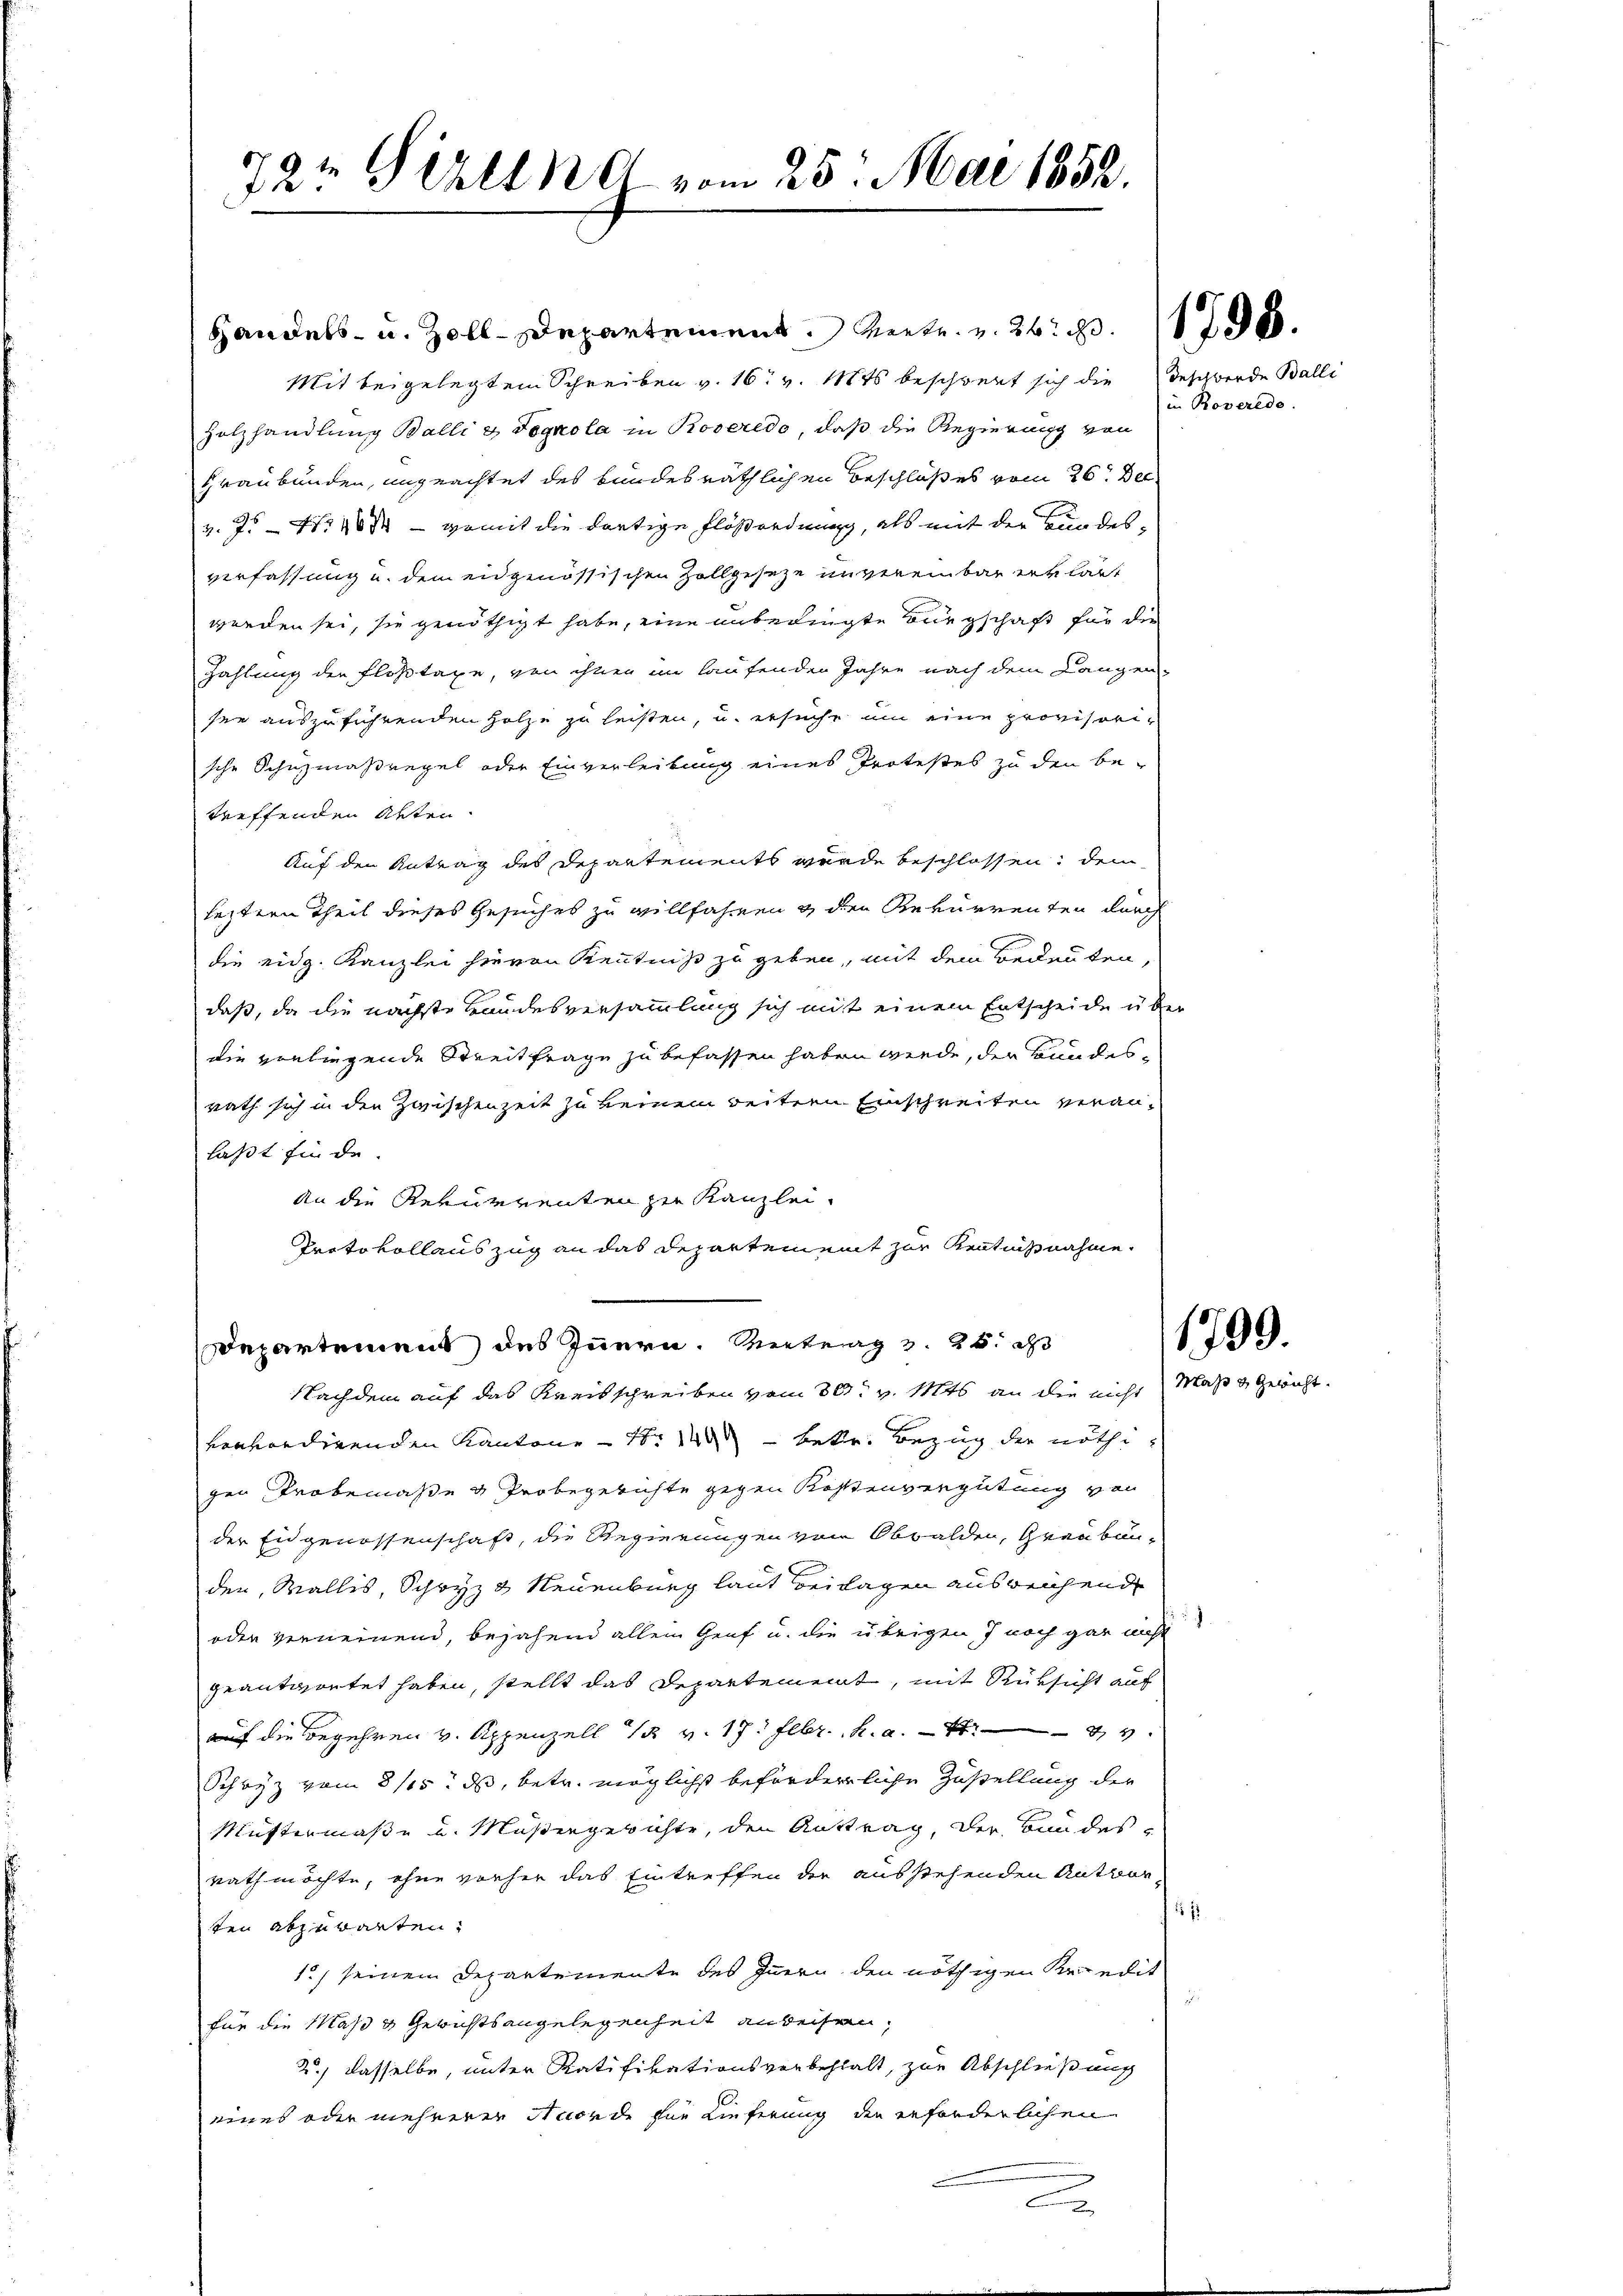
79t Girlin vom 25. Mai 1852.

Handels- u. Zoll-Departement Rente. v. 26. d. 1788.
Mit beigelegtem Schreiben v. 16. v. Mts. beschwert sich die
Holzhandlung Balli & dognola in Roveredo, daß die Regierung von
Graubünden, ungeachtet des bundesräthlichen Beschlußes vom 26. Dec.
3. 7. No 1084 — womit die dortige Flößordnung, als mit der Bundesverfassung u. dem eidgenössischen Zollgesetze unvereinbar er laut
werden sei, sie genöthigt habe, eine unbedingte Bürgschaft für die
Zahlung der Floßtaxe, von ihnen im laufenden Jahre nach dem Langen-
see auszuführenden Holze zu leisten, u. ersuche um eine provisorische Schnzmaßregel oder Einverleitung eines Protestes zu den be-
treffenden Akten.
Auf den Antrag des Departements wurde beschlossen, dem
seztern Theil dieses Gesuches zu willfahren & den Rekurrenten durch
die eidg. Kanzlei hievon Kenntniß zu geben, mit dem Bedeuten,
daß, da die nächste Handesversammlung sich mit einem Entscheide über
die vorliegende Streitfrage zu befassen haben werde, der Bundesrath sich in den Zwischenzeit zu keinem weitern Einschreiten veranlaßt finde.
An die Rekurrenten zu Kanzlei.
Protokollauszug an das Departement zur Kenntnißnahme.
Departement des Innern, Vertrag v. 26. d
Nachdem auf das Kreisschreiben vom 30t v. 1846 an die nicht Maß & Gericht.
venhändigenden Kantone – N: 12 betr. Bezug der nöthigen Probemaße & Probegerichte gegen Kostenvergütung von
der Eidgenossenschaft, die Regierungen von Obwalden, Graubünden, Wallis, Schwyz & Neuenburg laut Beilagen ausreichend
oder verneinend, bejahend allen Genf u. die übrigen 7 noch gar nicht
geantwortet haben, stellt das Departement, mit Rüksicht auf
auf die Begehren v. Appenzell 12 v. 17. Febr. h. a. 174
Schwyz vom 8/15. ds, betr. möglichst beförderliche Zustellung der
Müstermaße u. Müßergerichte, den Auftrag, der Bundesrath möchte, ohne vorher das Eintreffen der ausstehenden Antworten abzuwarten.
1) seinem Departemente des Innern den nöthigen Repredit
für die Maß & Gerichtsangelegenheit anbeisen
2) dasselbe, unter Ratifikationsverbehalt, zur Abschließung
eines oder mehrerer Norde zur Lieferung die erforderlichen
a

deschwerde Balli
in Roveredo

1799

.
1